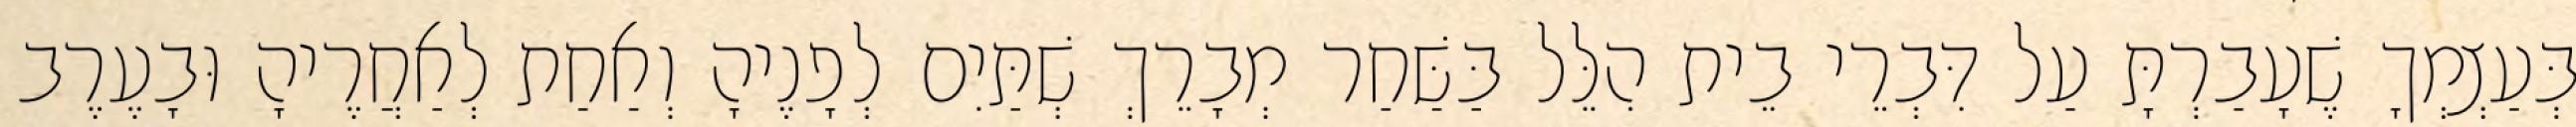
בְּעַצְמְךָ שֶׁעָבַרְתָּ עַל דִּבְרֵי בֵית הִלֵּל בַּשַּׁחַר מְבָרֵךְ שְׁתַּיִם לְפָנֶיהָ וְאַחַת לְאַחֲרֶיהָ וּבָעֶרֶב